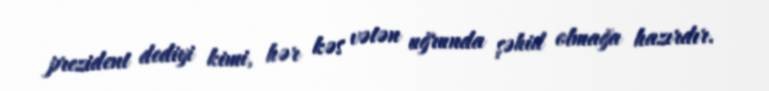
prezident dediyi kimi, hər kəs vətən uğrunda şəhid olmağa hazırdır.